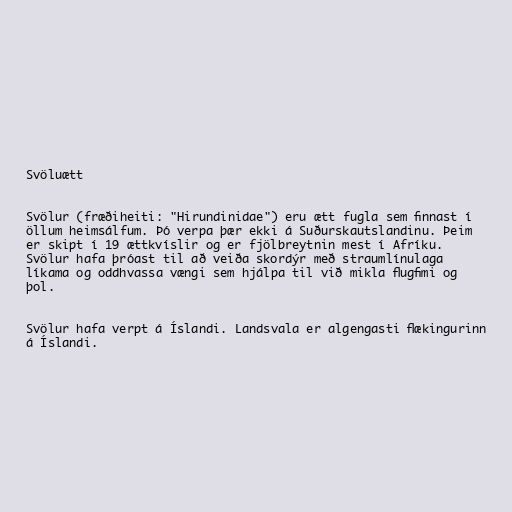
Svöluætt

Svölur (fræðiheiti: "Hirundinidae") eru ætt fugla sem finnast í
öllum heimsálfum. Þó verpa þær ekki á Suðurskautslandinu. Þeim
er skipt í 19 ættkvíslir og er fjölbreytnin mest í Afríku.
Svölur hafa þróast til að veiða skordýr með straumlínulaga
líkama og oddhvassa vængi sem hjálpa til við mikla flugfimi og
þol.

Svölur hafa verpt á Íslandi. Landsvala er algengasti flækingurinn
á Íslandi.